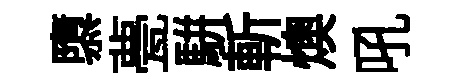
隳甍駢斬燠吼